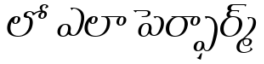
లో ఎలా పెర్ఫార్మ్